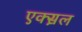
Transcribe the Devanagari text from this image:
एक्स़ल